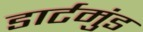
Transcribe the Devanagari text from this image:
डार्टमुंड